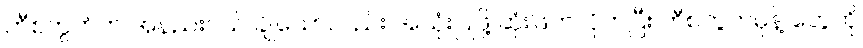
ဘီစကွတ်က အနည်းငယ် ချိုသော်လည်း အသုံးပြုဖို့ ဆုံးဖြတ်လိုက်ပြီး ဘီစကွတ်မုန့် တွေကို